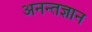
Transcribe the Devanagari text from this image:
अनन्तज्ञान